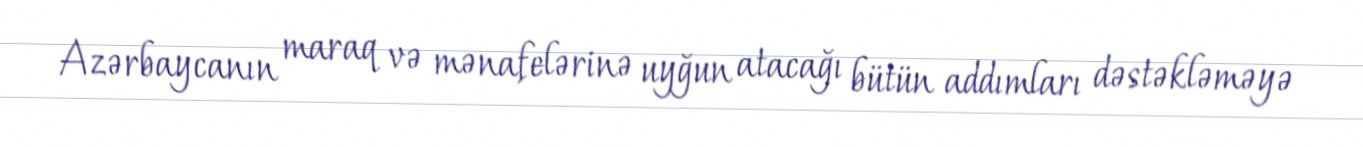
Azərbaycanın maraq və mənafelərinə uyğun atacağı bütün addımları dəstəkləməyə